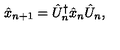
\hat { x } _ { n + 1 } = \hat { U } _ { n } ^ { \dagger } \hat { x } _ { n } \hat { U } _ { n } ,